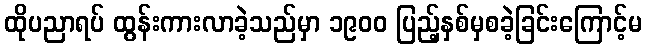
ထိုပညာရပ် ထွန်းကားလာခဲ့သည်မှာ ၁၉၀၀ ပြည့်နှစ်မှစခဲ့ခြင်းကြောင့်မ